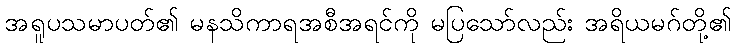
အရူပသမာပတ်၏ မနသိကာရအစီအရင်ကို မပြသော်လည်း အရိယမဂ်တို့၏